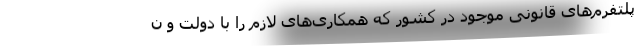
پلتفرم‌های قانونی موجود در کشور که همکاری‌های لازم را با دولت و ن